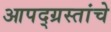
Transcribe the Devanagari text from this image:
आपद्ग्रस्तांचे